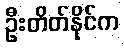
ဦးတိတ်နိုင်က